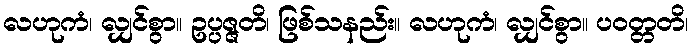
လဟုကံ၊ လျှင်စွာ။ ဥပ္ပဇ္ဇတိ၊ ဖြစ်သနည်း။ လဟုကံ၊ လျှင်စွာ။ ပဝတ္တတိ၊